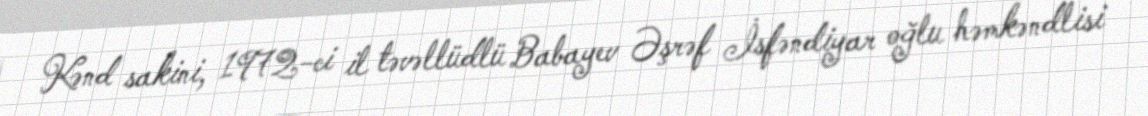
Kənd sakini, 1972-ci il təvəllüdlü Babayev Əşrəf İsfəndiyar oğlu həmkəndlisi